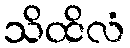
သိထိလံ